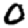
Digit: 0